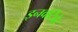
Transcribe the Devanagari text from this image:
इनवर्टिब्रेट